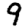
Digit: 9